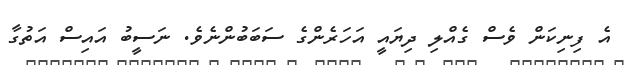
އެ ފިނިކަން ވެސް ގެއްލި ދިޔައީ އަހަރެންގެ ސަބަބުންނެވެ. ނަސީބު އައިސް އަތުގާ